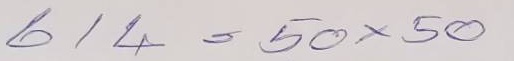
614 = 50 x 50